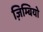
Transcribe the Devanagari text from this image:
ज़िम्बियो